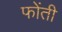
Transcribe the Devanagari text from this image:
फोंती